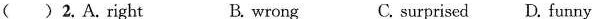
() 2,A.Right B. wrong C. surprised D. funny